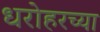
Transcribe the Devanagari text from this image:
धरोहरच्या